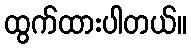
ထွက်ထားပါတယ်။